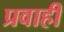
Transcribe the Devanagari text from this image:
प्रवाहीं